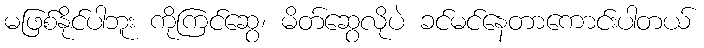
မဖြစ်နိုင်ပါဘူး ကိုကြင်ဆွေ၊ မိတ်ဆွေလိုပဲ ခင်မင်နေတာကောင်းပါတယ်